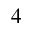
4